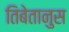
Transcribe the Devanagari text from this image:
तिबेतानुस